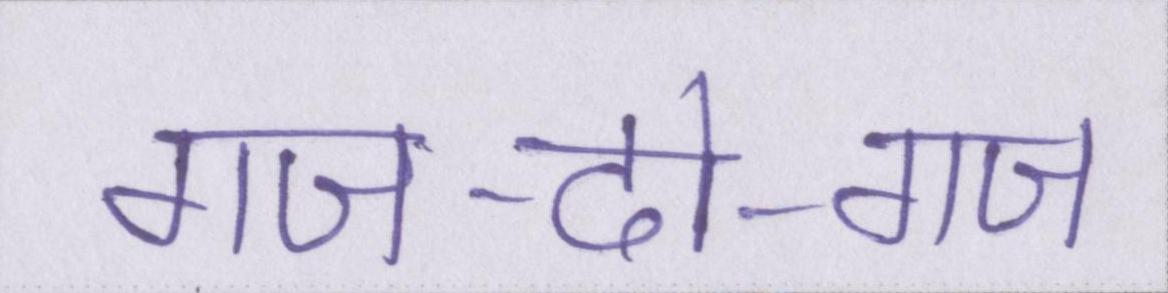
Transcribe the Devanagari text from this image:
गज-दो-गज